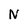
Character: N